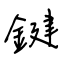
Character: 鍵